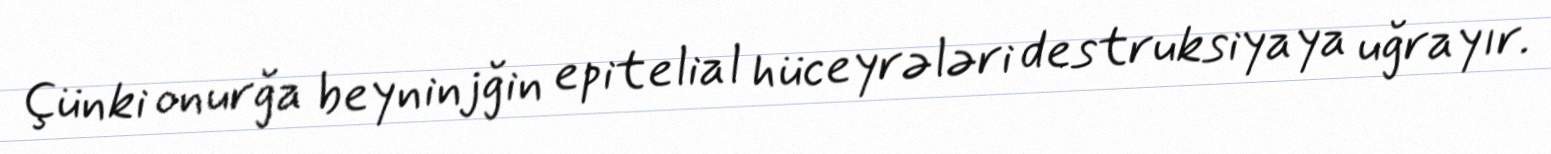
Çünki onurğa beyninjğin epitelial hüceyrələri destruksiyaya uğrayır.